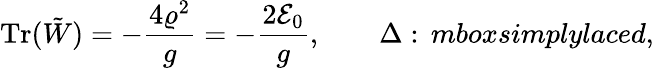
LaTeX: \mathrm{Tr}(\tilde{W})=-{\frac{4\varrho^{2}}{g}}=-{\frac{2{\cal E}_{0}}{g}},\qquad\Delta:\, mbox{simplylaced},